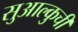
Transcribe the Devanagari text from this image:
सुआल्कुची